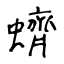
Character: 蠐